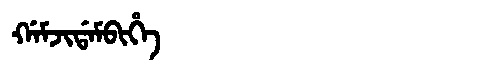
Manchu: ᡤᠠᠮᠵᡳᡩᠠᠮᠪᡳᡥᡝ
Romanization: GAMJIDAMBIHE